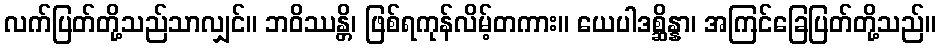
လက်ပြတ်တို့သည်သာလျှင်။ ဘဝိဿန္တိ၊ ဖြစ်ရကုန်လိမ့်တကား။ ယေပါဒစ္ဆိန္နာ၊ အကြင်ခြေပြတ်တို့သည်။